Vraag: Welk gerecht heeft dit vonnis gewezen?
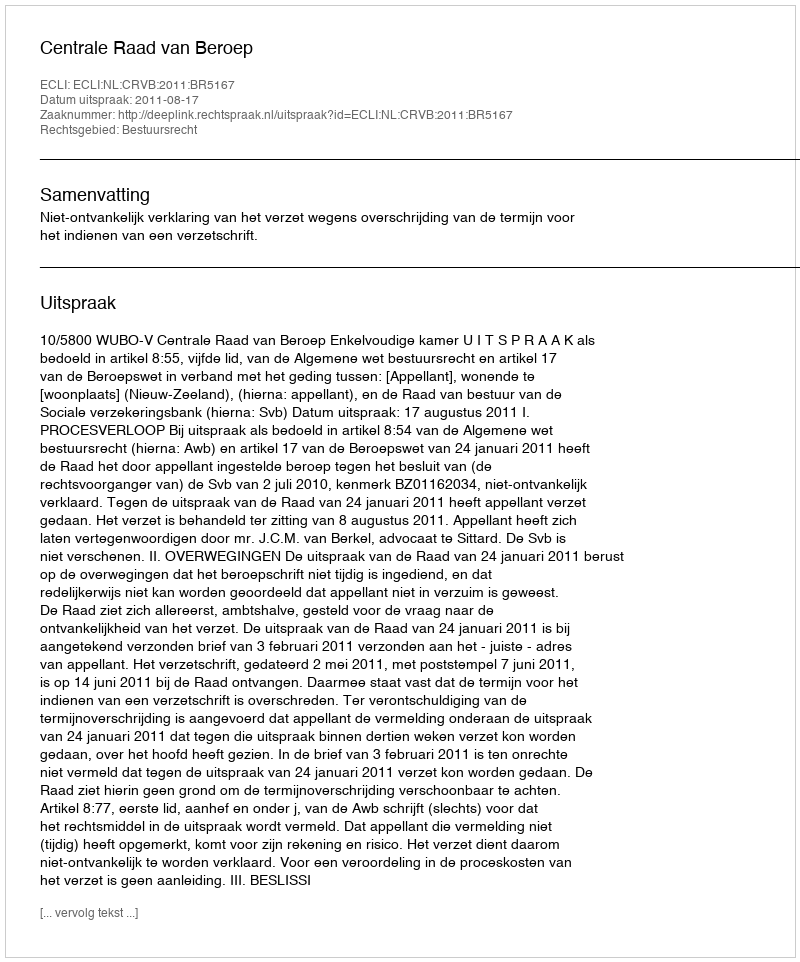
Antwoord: Centrale Raad van Beroep